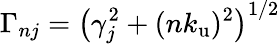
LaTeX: \Gamma_{nj}=\left(\gamma_{j}^{2}+(n{k_{\mathrm{u}}})^{2}\right)^{1/2}